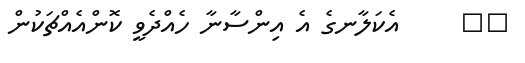
١٨     އެކަލާނގެ އެ އިންސާނާ ހެއްދެވީ ކޮންއެއްޗަކުން